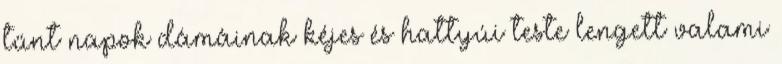
tűnt napok dámáinak kéjes és hattyúi teste lengett valami